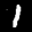
Label: 1